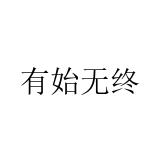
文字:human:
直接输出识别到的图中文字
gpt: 有始无终